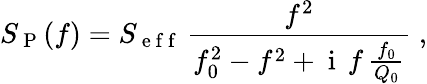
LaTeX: S_{\mathrm{~P~}}(f)=S_{\mathrm{~e~f~f~}}\, \frac{f^{2}}{f_{0}^{2}-f^{2}+\mathrm{~i~}\, f\, \frac{f_{0}}{Q_{0}}}\; ,